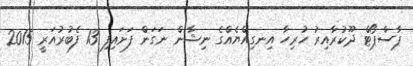
ޕާސްޕޯޓް ދޫކުރާއިރު ހުރިހާ އިނގިއްޔެއްގެ ނިޝާން ނަގަން ފަށައިފި 13 ފެބުރުއަރީ 2015